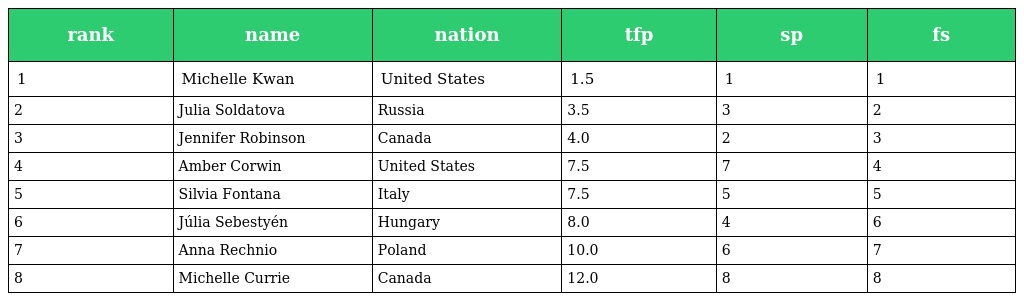
| rank | name | nation | tfp | sp | fs |
 | --- | --- | --- | --- | --- | --- |
 | 1 | Michelle Kwan | United States | 1.5 | 1 | 1 |
 | 2 | Julia Soldatova | Russia | 3.5 | 3 | 2 |
 | 3 | Jennifer Robinson | Canada | 4.0 | 2 | 3 |
 | 4 | Amber Corwin | United States | 7.5 | 7 | 4 |
 | 5 | Silvia Fontana | Italy | 7.5 | 5 | 5 |
 | 6 | Júlia Sebestyén | Hungary | 8.0 | 4 | 6 |
 | 7 | Anna Rechnio | Poland | 10.0 | 6 | 7 |
 | 8 | Michelle Currie | Canada | 12.0 | 8 | 8 |